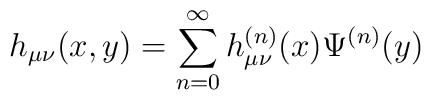
h_{\mu \nu }(x,y)=\sum_{n=0}^{\infty }h_{\mu \nu }^{(n)}(x)\Psi ^{(n)}(y)